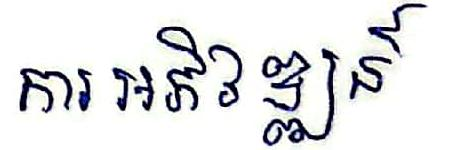
ការ អភិវឌ្ឍន៍